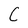
Character: C